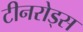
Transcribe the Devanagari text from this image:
टीनरोड्स